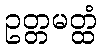
ဥတ္တမတ္ထံ